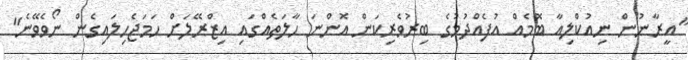
"އީރާނުން ނިއުކްލިއާ ބޮމެއް އުފެއްދުމުގެ ބިރުވެރިކަން އޮންނަ ހާލަތެއްގައި އިޒްރޭލަށް ހަމަޖެހިލައިގެން ނޯވެވޭނެ"